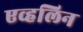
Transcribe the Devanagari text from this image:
एव्हलिन